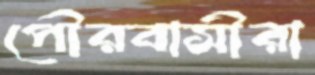
পৌরবাসীরা